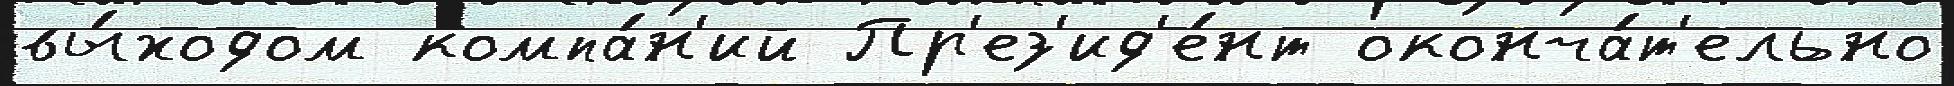
вы́ходом компа́н'ий Пр'ез'ид'е́нт оконча́т'ельно